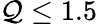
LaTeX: \mathcal{Q}\leq1.5